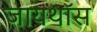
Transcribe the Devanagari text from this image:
जायथॉस